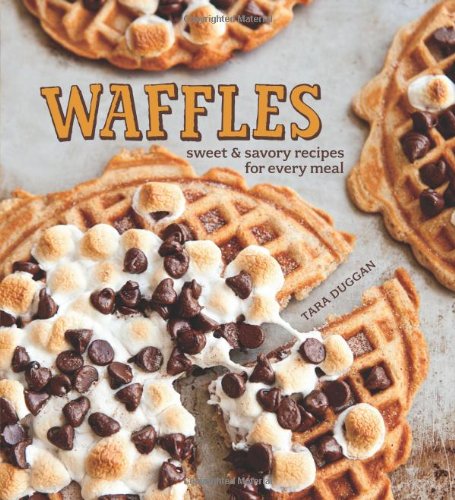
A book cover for Waffles: Sweet & Savory Recipes for Every Meal; Tara Duggan; Cookbooks, Food & Wine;